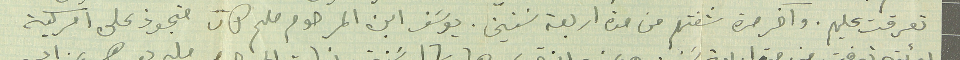
تعرفت عليهم. واخر مرة شفتهم من مدة اربعة سنين. يوسَف ابن المرحوم ملحم كان مجوذ على امركية